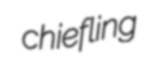
chiefling